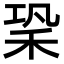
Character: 䅃